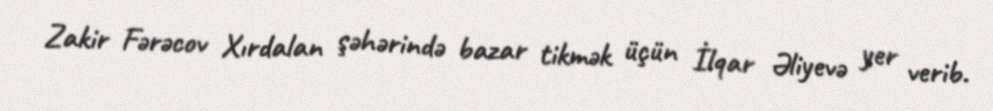
Zakir Fərəcov Xırdalan şəhərində bazar tikmək üçün İlqar Əliyevə yer verib.